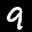
Label: 9